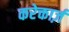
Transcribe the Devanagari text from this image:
करेक्तार्ज़